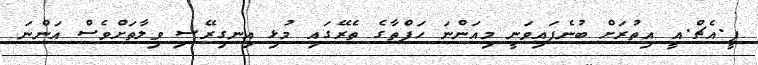
ޕީ.އެޗް.އީ އިތުރަށް ބުނެފައިވަނީ މިއަންނަ ހަފްތާގެ ތެރޭގައި މުޅި އިނގިރޭސި ވިލާތަށްވެސް އަންނަ